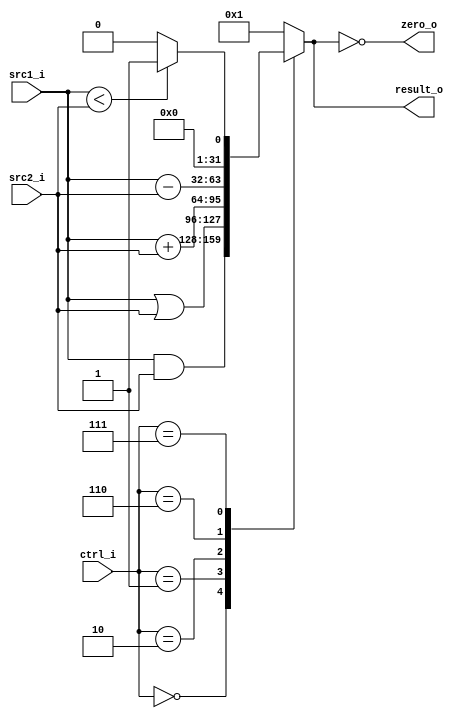
// id: 109550022

`timescale 1ns/1ps
module ALU(
    src1_i,
	src2_i,
	ctrl_i,
	result_o,
	zero_o
	);
     
//I/O ports
input signed [32-1:0]  src1_i;
input signed [32-1:0]  src2_i;
input [4-1:0]   ctrl_i;

output [32-1:0]	 result_o;
output           zero_o;

//Internal signals
reg    [32-1:0]  result_o;
wire             zero_o;

//Parameter

//Main function
assign zero_o = (result_o == 0);
always @(src1_i or src2_i or ctrl_i) begin
    
    case (ctrl_i)
        0: result_o <= (src1_i & src2_i);
        1: result_o <= (src1_i | src2_i);
        2: result_o <= (src1_i + src2_i);
        6: result_o <= (src1_i - src2_i);
        7: result_o <= (src1_i < src2_i ? 1 : 0);
        default: result_o <= 1;
	endcase
end

endmodule